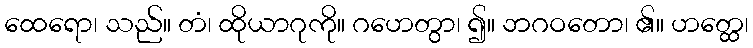
ထေရော၊ သည်။ တံ၊ ထိုယာဂုကို။ ဂဟေတွာ၊ ၍။ ဘဂဝတော၊ ၏။ ဟတ္ထေ၊